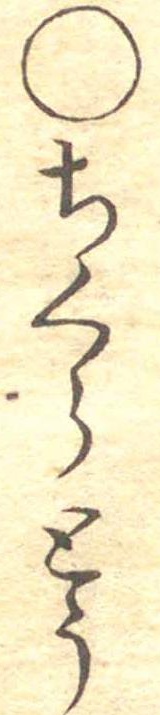
○ちくうとう